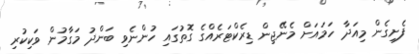
ފެށިގެން މިއަދާ ހަމައަށް މެނޭޖިން ޑިރެކްޓަރެއްގެ ގޮތުގައި ހުންނެވި ބަންދު މަގާމުން ވަކިކުރި